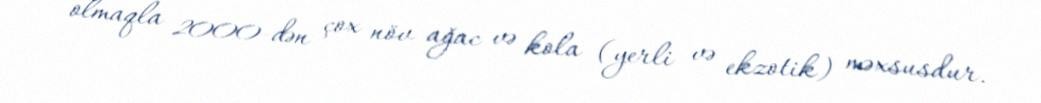
olmaqla 2000-dən çox növ ağac və kola (yerli və ekzotik) məxsusdur.